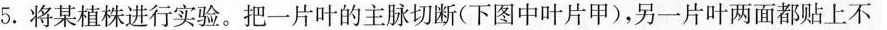
5.将某植株进行实验。把一片叶的主脉切断(下图中叶片甲)，另一片叶两面都贴上不